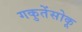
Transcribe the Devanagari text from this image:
गकुतेंसोकू